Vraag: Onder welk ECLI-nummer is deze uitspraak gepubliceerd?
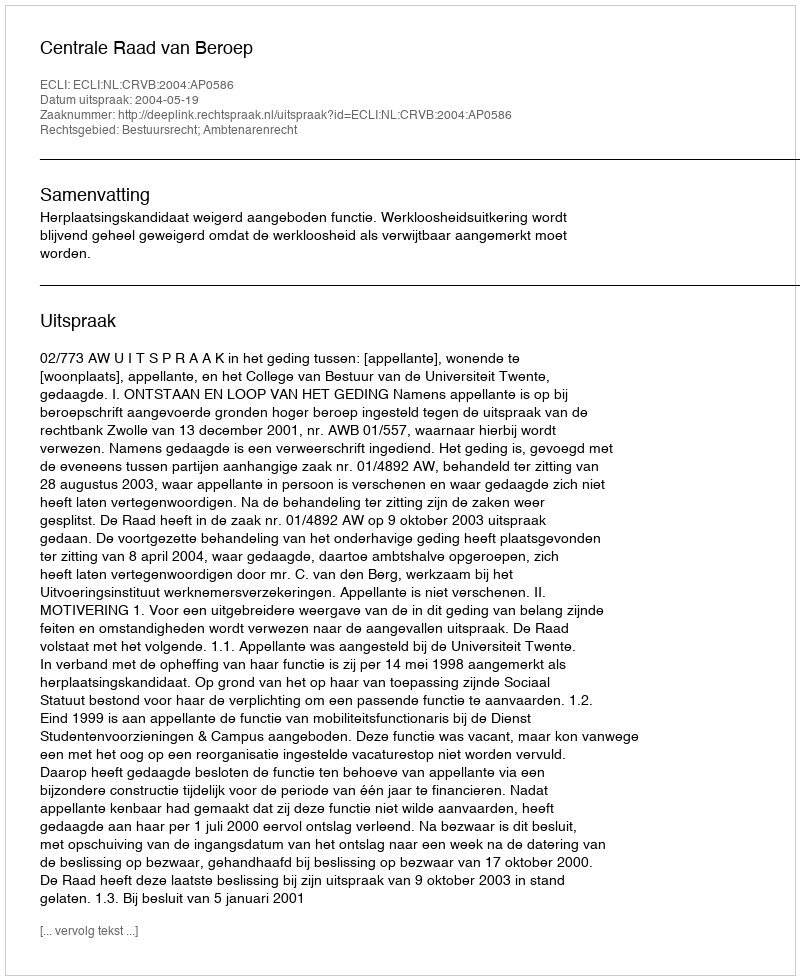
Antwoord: ECLI:NL:CRVB:2004:AP0586